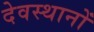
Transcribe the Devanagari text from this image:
देवस्‍थानों